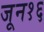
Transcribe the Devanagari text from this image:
जून१६